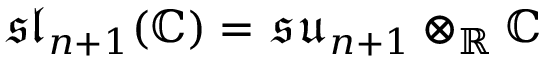
\mathfrak { s l } _ { n + 1 } ( \mathbb { C } ) = \mathfrak { s u } _ { n + 1 } \otimes _ { \mathbb { R } } \mathbb { C }